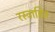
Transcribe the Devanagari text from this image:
रस्त्राहित